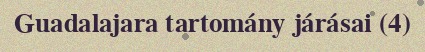
Guadalajara tartomány járásai (4)